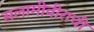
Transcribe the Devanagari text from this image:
सलामीवीराची